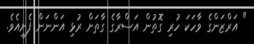
" އަރްޒަންގެ ވާހަކަ ހުރި ގޮތުން އަސްރާގެ ގާތަށް ރުޅި އަންނަން ފެށިއެވެ.